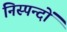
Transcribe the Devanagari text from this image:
निस्पन्दों